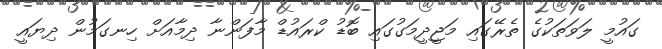
ގައުމީ ލަވަތަކުގެ ތެރޭގައި މަޖީދީމަގުގައި ބޮޑު ކްރައުޑް މާފަންނާ ދިމާއަށް ހިނގަމުން ދިޔައީ